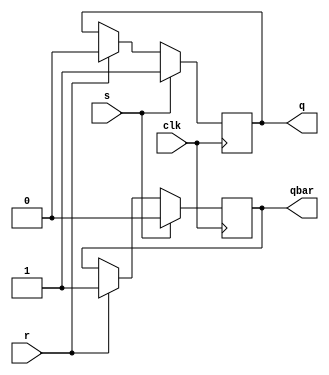
`timescale 1ns / 1ps

module SR_flip_flop(s,r,clk, q, qbar);
	 

input s,r,clk;
output q,qbar;
reg q, qbar;

	always@(posedge clk)
	begin

	if(s == 1)
		begin
		q = 1;
		qbar = 0;
		end
	else if(r == 1)
		begin
		q = 0;
		qbar =1;
		end
	else if(s == 0 & r == 0) 
		begin 
		q <= q;
		qbar <= qbar;
		end
	end

endmodule